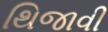
થિજાવી